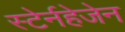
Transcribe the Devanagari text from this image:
स्टेर्नहेजेन